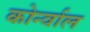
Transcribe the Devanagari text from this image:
कोर्न्वाल